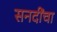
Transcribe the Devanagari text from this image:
सनदींचा